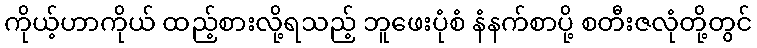
ကိုယ့်ဟာကိုယ် ထည့်စားလို့ရသည့် ဘူဖေးပုံစံ နံနက်စာပို့ စတီးဇလုံတို့တွင်